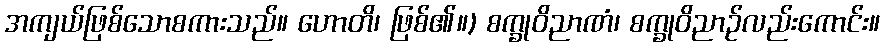
အကျယ်ဖြစ်သောစကားသည်။ ဟောတိ၊ ဖြစ်၏။) စက္ခုဝိညာဏံ၊ စက္ခုဝိညာဉ်လည်းကောင်း။